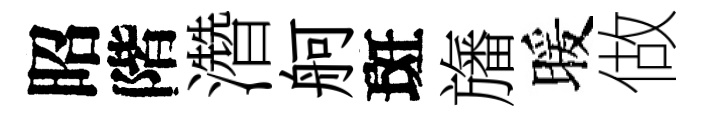
昭階濳舸斑旛暖做